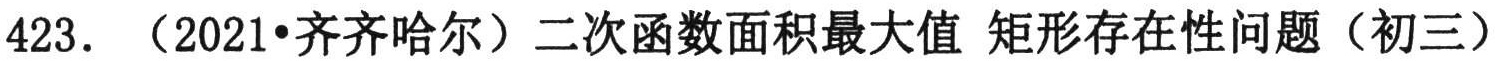
423. （2021•齐齐哈尔）二次函数面积最大值 矩形存在性问题（初三）